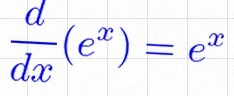
\frac{d}{dx}(e^x)=e^x